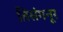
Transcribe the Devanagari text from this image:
तिसंगनूर